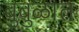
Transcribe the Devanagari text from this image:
बुबुळात